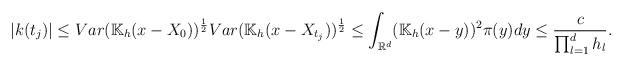
LaTeX: \begin{align*}|k(t_j)| \le Var(\mathbb{K}_h(x -X_0))^\frac{1}{2}Var(\mathbb{K}_h(x -X_{t_j}))^\frac{1}{2} \le \int_{\mathbb{R}^d} (\mathbb{K}_h (x -y))^2 \pi(y) dy \le \frac{c}{\prod_{l = 1}^d h_l}.\end{align*}